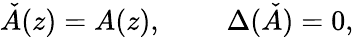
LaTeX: {\check{A}}(z)=A(z),~~~~~~~~~\Delta(\check{A})=0,